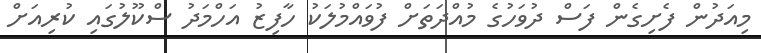
މިއަދުން ފެށިގެން ފަސް ދުވަހުގެ މުއްދަތަށް ފުވައްމުލަކު ހާފިޒު އަހްމަދު ސްކޫލުގައި ކުރިއަށް